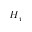
H _ { p }